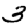
Digit: 3